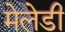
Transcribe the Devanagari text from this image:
मेलेडी